Annual administration report of the Civil Veterinary Department of India - 1898-1899
Year: 1898
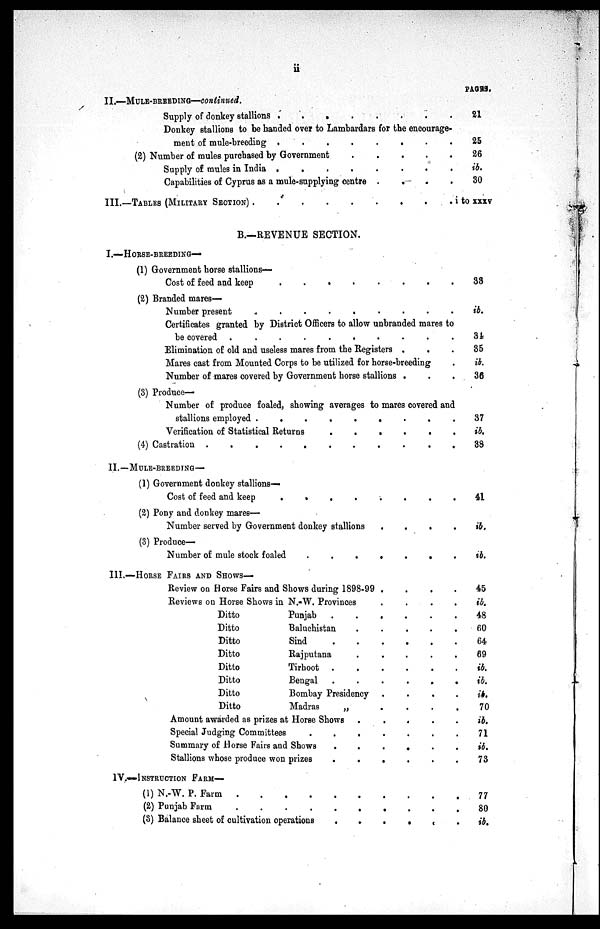
ii
II.—MULE-BREEDING—continued.
Supply of donkey stallions .
.
.
.
.
.
.
.
Donkey stallions to be handed over to Lambardars for the encourage-
ment of mule-breeding .
.
.
.
.
.
.
.
(2) Number of mules purchased by Government
.
.
.
.
.
Supply of mules in India .
.
.
.
.
.
.
.
Capabilities of Cyprus as a mule-supplying centre .
.
.
.
III.—TABLES (MILITARY SECTION) . . . . .
B.—REVENUE SECTION.
I.—HORSE-BREEDING—
(1) Government horse stallions—
Cost of feed and keep
.
.
.
.
.
.
.
.
(2) Branded mares-
Number present
. .
.
.
.
.
.
.
.
.
Certificates granted by District Officers to allow unbranded mares to
be covered .
.
.
.
.
.
.
.
.
.
Elimination of old and useless mares from the Registers . . .
Mares cast from Mounted Corps to be utilized for horse-breeding .
Number of mares covered by Government horse stallions . . .
(3) Produce—
Number of produce foaled, showing averages to mares covered and
stallions employed .
.
.
.
.
.
.
.
.
Verification of Statistical Returns
.
.
.
.
.
(4) Castration .
.
.
.
.
.
.
.
.
.
II.—MULE-BREEDING—
(1) Government donkey stallions—
Cost of feed and keep
.
.
.
.
.
.
.
(2) Pony and donkey mares—
Number served by Government donkey stallions
.
.
.
(3) Produce-
Number of mule stock foaled
.
.
.
.
.
.
III.—HOUSE FAIRS AND SHOWS—
Review on Horse Fairs and Shows during 1898-99 .
.
.
Reviews on Horse Shows in N.-W. Provinces
Ditto
Punjab
.
.
.
.
.
Ditto
Baluchistan
.
.
.
.
Ditto
Sind
.
.
.
.
.
Ditto
Rajputana
.
.
.
. .
Ditto
Tirhoot
.
.
.
.
Ditto
Bengal . . . . . . .
Ditto
Bombay Presidency
Ditto
Madras
„
.
.
.
.
Amount awarded as prizes at Horse Shows .
.
.
.
Special Judging Committees
.
.
.
.
.
.
Summary of Horse Fairs and Shows
.
.
.
.
.
Stallions whose produce won prizes
.
.
.
.
.
IV.—INSTRUCTION FARM—
(1) N.-W. P. Farm
.
.
.
.
.
(2) Punjab Farm
(3) Balance sheet of cultivation operations
.
.
.
.
.
PAGES.
21
25
26
ib.
30
i to xxxv
33
ib.
34
35
ib.
36
37
ib.
38
41
ib.
ib.
45
ib.
48
60
64
69
ib.
ib.
ib.
70
ib.
71
ib.
73
77
80
ib.